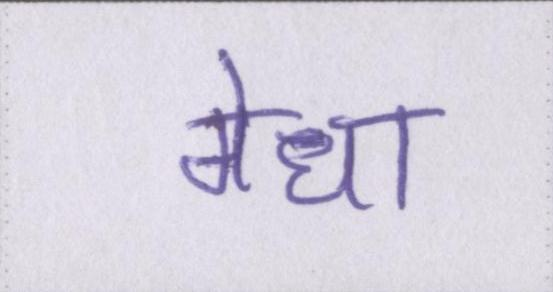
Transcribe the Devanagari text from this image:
मेधा